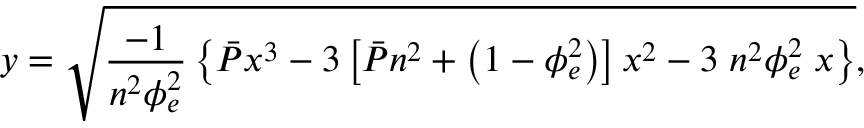
y = \sqrt { \frac { - 1 } { n ^ { 2 } \phi _ { e } ^ { 2 } } \left\{ \Bar { P } x ^ { 3 } - 3 \left[ \Bar { P } n ^ { 2 } + \left( 1 - \phi _ { e } ^ { 2 } \right) \right] x ^ { 2 } - 3 \; n ^ { 2 } \phi _ { e } ^ { 2 } \; x \right\} } ,